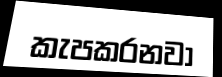
කැපකරනවා